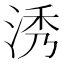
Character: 𣵛